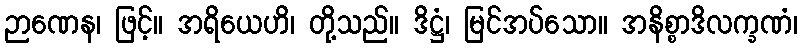
ဉာဏေန၊ ဖြင့်။ အရိယေဟိ၊ တို့သည်။ ဒိဋ္ဌံ၊ မြင်အပ်သော။ အနိစ္စာဒိလက္ခဏံ၊